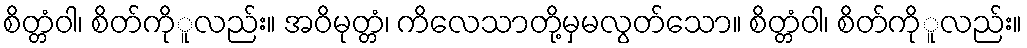
စိတ္တံဝါ၊ စိတ်ကိုူလည်း။ အဝိမုတ္တံ၊ ကိလေသာတို့မှမလွတ်သော။ စိတ္တံဝါ၊ စိတ်ကိုူလည်း။